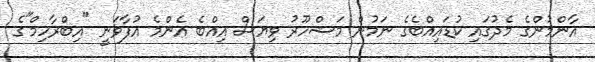
އާންމުންގެ މެދުގައި ކުޑައިއްބެގެ ނަމުން މަޝްހޫރު ވިޔަސް އިއްބެ އެންމެ އުފާވަނީ "އިބްރާހިމް"ގެ